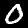
Label: 0